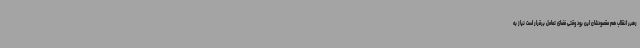
رهبر انقلاب هم مقصودشان این بود وقتی فضای تعامل برقرار است نیاز به